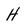
Character: H